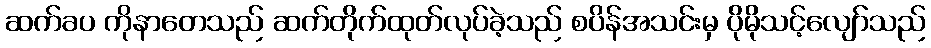
ဆက်ခပ ကိုနာတေသည် ဆက်တိုက်ထုတ်လုပ်ခဲ့သည် စပိန်အသင်းမှ ပိုမိုသင့်လျော်သည်